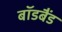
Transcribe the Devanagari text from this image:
बॉडबैंड